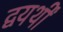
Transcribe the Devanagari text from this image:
द्वयर्थीं